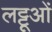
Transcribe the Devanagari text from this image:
लट्टूओं